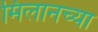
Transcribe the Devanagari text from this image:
मिलानच्या